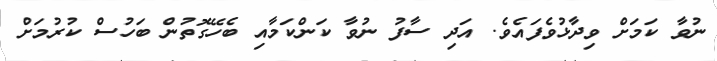
ނުވާ ކަމަށް ވިދާޅުވެފައެވެ. އަދި ސާފު ނުވާ ކަންކަމާއި ބެހޭގޮތުން ބަހުސް ކުރުމަށް